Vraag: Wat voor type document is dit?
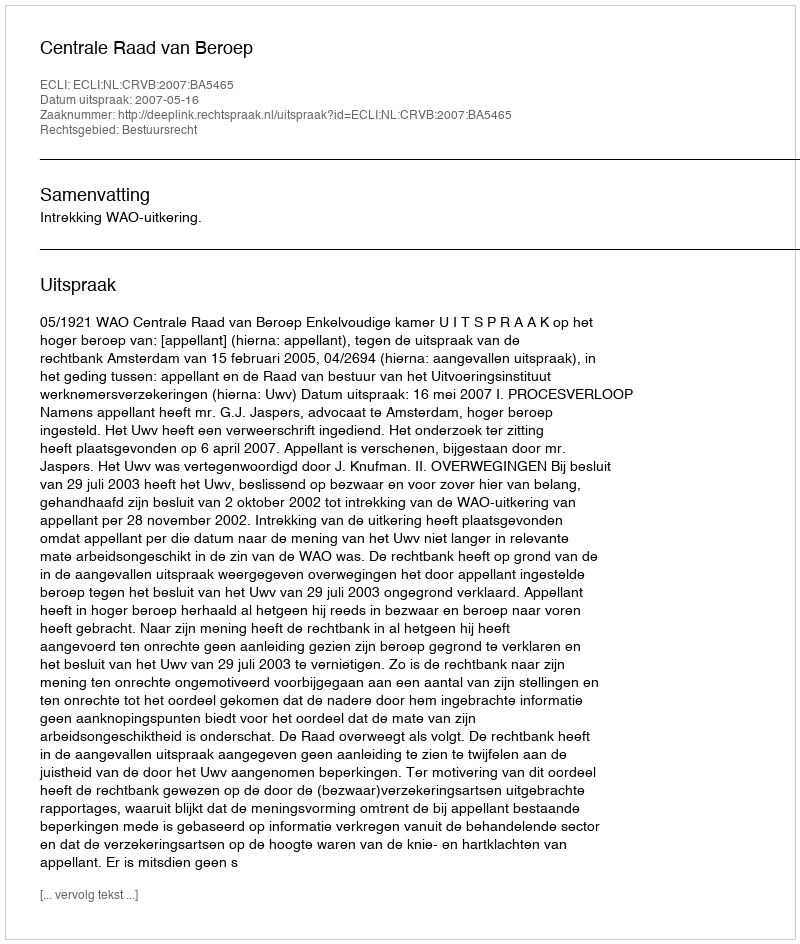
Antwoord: Uitspraak